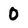
Character: 0